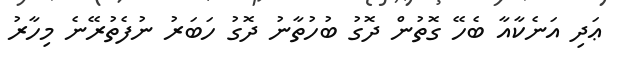
ޢަދި އަނެކާއާ ބެހޭ ގޮތުން ދޮގު ބުހުތާނު ދޮގު ހަބަރު ނުފެތުރޭނެ މިހާރު